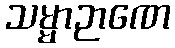
သမ္မာဉာဏေ